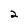
Character: 2